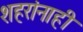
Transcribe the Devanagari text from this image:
शहरांनाही